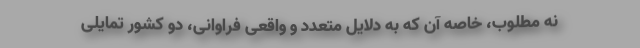
نه مطلوب، خاصه آن که به دلایل متعدد و واقعی فراوانی، دو کشور تمایلی